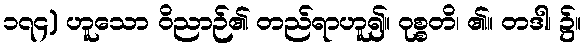
၁၇၄) ဟူသော ဝိညာဉ်၏ တည်ရာဟူ၍။ ဝုစ္စတိ၊ ၏။ တဒါ၊ ၌။